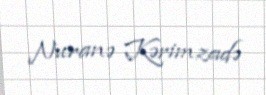
Nuranə Kərimzadə